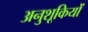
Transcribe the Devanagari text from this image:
अनुशूकियों